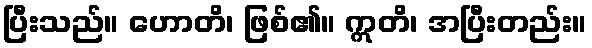
ပြီးသည်။ ဟောတိ၊ ဖြစ်၏။ ဣတိ၊ အပြီးတည်း။